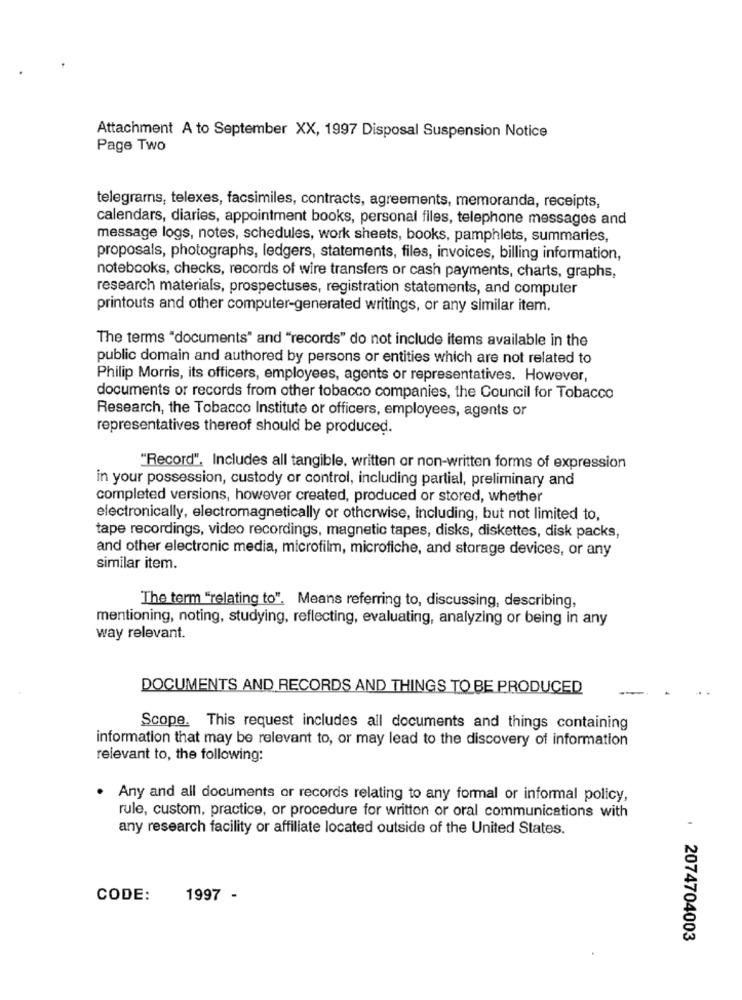
Attachment A to September XX, 1997 Disposal Suspension Notice
Page Two
telegrams, telexes, facsimiles, contracts, agreements, memoranda, receipts,
calendars, diaries, appointment books, personal files, telephone messages and
message logs, notes, schedules, work sheets, books, pamphlets, summaries,
proposals, photographs, ledgers, statements, files, invoices, billing information,
notebooks, checks, records of wire transfers or cash payments, charts, graphs,
research materials, prospectuses, registration statements, and computer
printouts and other computer-generated writings, or any similar item.
The terms "documents" and "records" do not include items available in the
public domain and authored by persons or entities which are not related to
Philip Morris, its officers, employees, agents or representatives. However,
documents or records from other tobacco companies, the Council for Tobacco
Research, the Tobacco Institute or officers, employees, agents or
representatives thereof should be produced.
"Record". Includes all tangible, written or non-written forms of expression
in your possession, custody or control, including partial, preliminary and
completed versions, however created, produced or stored, whether
electronically, electromagnetically or otherwise, including, but not limited to,
tape recordings, video recordings, magnetic tapes, disks, diskettes, disk packs,
and other electronic media, microfilm, microfiche, and storage devices, or any
similar item.
The term "relating to". Means referring to, discussing, describing,
mentioning, noting, studying, reflecting, evaluating, analyzing or being in any
way relevant.
DOCUMENTS AND RECORDS AND THINGS TO BE PRODUCED
Scope. This request includes all documents and things containing
information that may be relevant to, or may lead to the discovery of information
relevant to, the following:
.
Any and all documents or records relating to any formal or informal policy,
rule, custom, practice, or procedure for written or oral communications with
any research facility or affiliate located outside of the United States.
CODE:
1997 -
2074704003